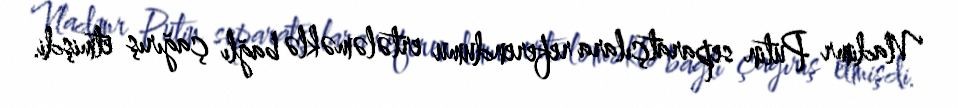
Vladimr Putin separatçılara referendumu ertələməklə bağlı çağırış etmişdi.